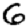
Digit: 6